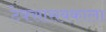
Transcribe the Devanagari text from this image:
टेक्सासबकाला